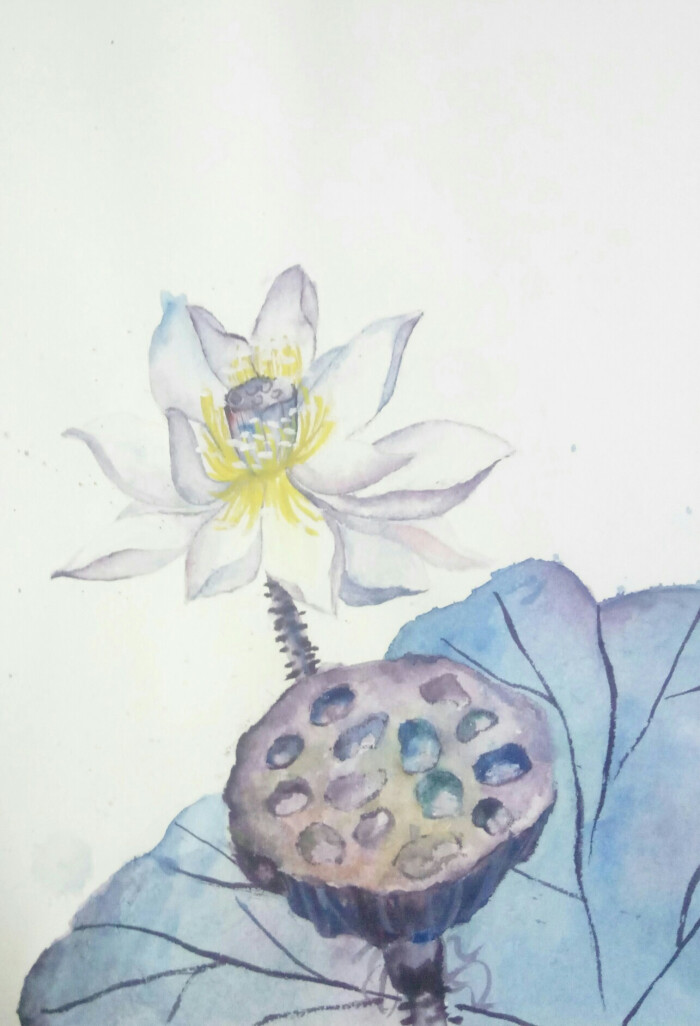
予独爱莲之出淤泥而不染，濯清涟而不妖